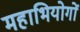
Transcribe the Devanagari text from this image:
महाभियोगों